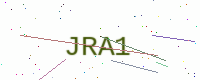
Text: JRA1